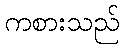
ကစားသည်